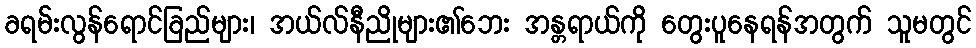
ခရမ်းလွန်ရောင်ခြည်များ၊ အယ်လ်နီညိုများ၏ဘေး အန္တရာယ်ကို တွေးပူနေရန်အတွက် သူမတွင်